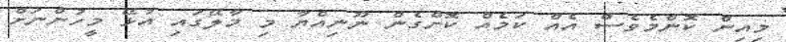
މިއިން ކޮންމެވެސް އެއް ކަމެއް ކޮށްގެން ނޫނިއްޔާ މި މާލޭގައި އުޅޭ މީހުންނަށް